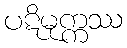
ပဋိမုက္ကဿ